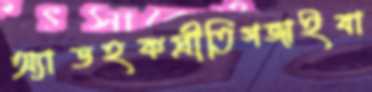
অ্যাডহকপ্রীতিগজাইবা